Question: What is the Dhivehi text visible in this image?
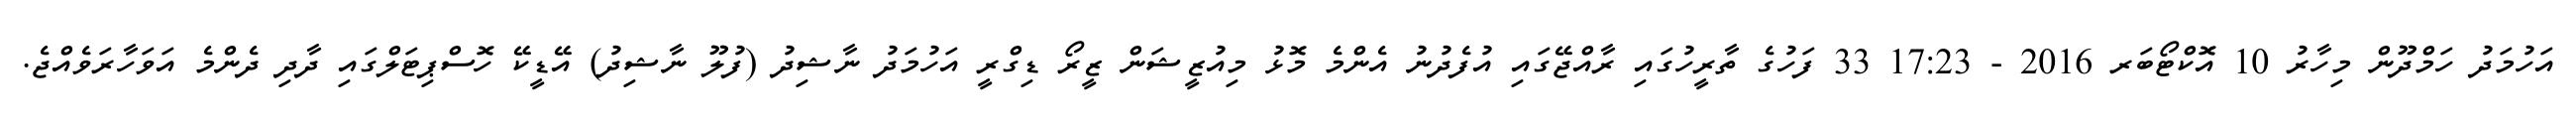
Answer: އަހުމަދު ހަމްދޫން މިހާރު 10 އޮކްޓޯބަރ 2016 - 17:23 33 ފަހުގެ ތާރީހުގައި ރާއްޖޭގައި އުފެދުނު އެންމެ މޮޅު މިއުޒީޝަން ޒީރޯ ޑިގްރީ އަހުމަދު ނާޝިދު (ފުލޫ ނާޝިދު) އޭޑީކޭ ހޮސްޕިޓަލްގައި ދާދި ދެންމެ އަވަހާރަވެއްޖެ.